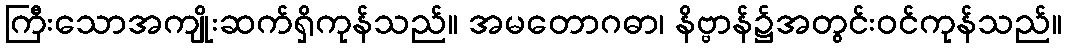
ကြီးသောအကျိုးဆက်ရှိကုန်သည်။ အမတောဂဓာ၊ နိဗ္ဗာန်၌အတွင်းဝင်ကုန်သည်။